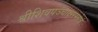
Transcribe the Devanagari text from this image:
श्रीशिवपञ्चाक्षरस्तोत्रं